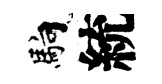
馿統